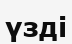
үзді